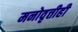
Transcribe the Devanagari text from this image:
मनोवृत्तीही